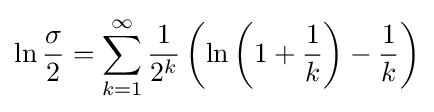
\ln {\frac {\sigma }{2}}=\sum _{k=1}^{\infty }{\frac {1}{2^{k}}}\left(\ln \left(1+{\frac {1}{k}}\right)-{\frac {1}{k}}\right)